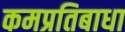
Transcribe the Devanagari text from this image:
कमप्रतिबाधा